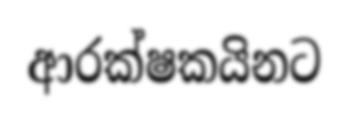
ආරක්ෂකයිනට